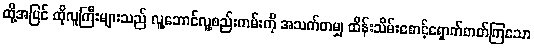
ထို့အပြင် ထိုလူကြီးများသည် လူ့ဘောင်လူ့စည်းကမ်းကို အသက်တမျှ ထိန်းသိမ်းစောင့်ရှောက်တတ်ကြသော